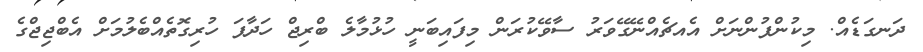
ދަނގަޑެއް. މިކުންފުންނަށް އެއޗެއްނޭގޭވަރު ސާވޭކުރަން މިފައިބަނީ ހުޅުމާލެ ބްރިޖް ހަދާފަ ހުރިގޮތެއްބެލުމަށް އެބްޖިޖްގެ